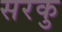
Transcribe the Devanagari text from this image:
सरकु